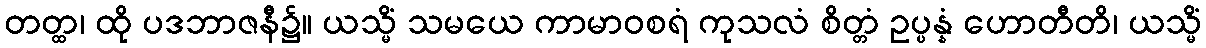
တတ္ထ၊ ထို ပဒဘာဇနီ၌။ ယသ္မိံ သမယေ ကာမာဝစရံ ကုသလံ စိတ္တံ ဥပ္ပန္နံ ဟောတီတိ၊ ယသ္မိံ